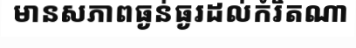
មានសភាពធ្ងន់ធ្ងរដល់កំរិតណា